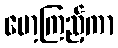
မော့ကြည့်ကာ